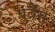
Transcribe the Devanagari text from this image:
पुर्वैस